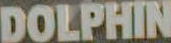
DOLPHIN